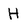
Character: H